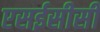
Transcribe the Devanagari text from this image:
एसईसीसी